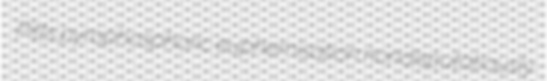
Pitts pyrophosphoric euphemisation nondisputatiously